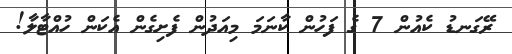
ރޭގަނޑު ކެއުން 7 ގެ ފަހުން ކާނަމަ މިއަދުން ފެށިގެން އެކަން ހުއްޓާލާ!